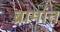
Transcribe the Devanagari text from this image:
ब्रामांत